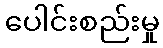
ပေါင်းစည်းမှု